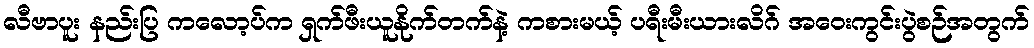
လီဗာပူး နည်းပြ ကလော့ပ်က ရှက်ဖီးယူနိုက်တက်နဲ့ ကစားမယ့် ပရီးမီးယားလိဂ် အဝေးကွင်းပွဲစဉ်အတွက်